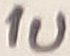
Text: 1u